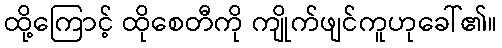
ထို့ကြောင့် ထိုစေတီကို ကျိုက်ဖျင်ကူဟုခေါ်၏။